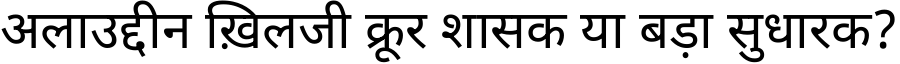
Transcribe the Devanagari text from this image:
अलाउद्दीन ख़िलजी क्रूर शासक या बड़ा सुधारक?